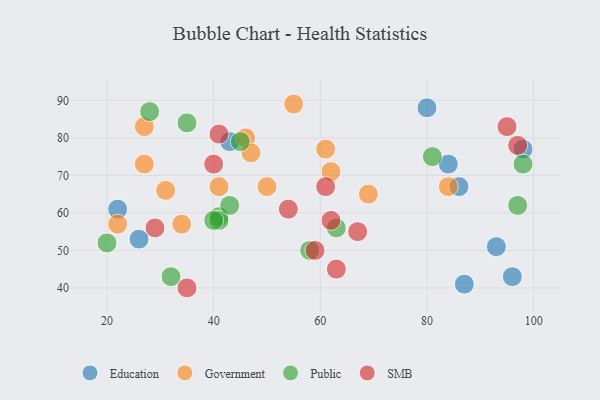
{"axis": {"x": "GDP", "y": "Life Expectancy"}, "legend": ["Education", "Government", "Public", "SMB"], "data": [{"x": "93", "y": 51, "type": "Education"}, {"x": "98", "y": 77, "type": "Education"}, {"x": "84", "y": 73, "type": "Education"}, {"x": "86", "y": 67, "type": "Education"}, {"x": "80", "y": 88, "type": "Education"}, {"x": "87", "y": 41, "type": "Education"}, {"x": "26", "y": 53, "type": "Education"}, {"x": "96", "y": 43, "type": "Education"}, {"x": "43", "y": 79, "type": "Education"}, {"x": "22", "y": 61, "type": "Education"}, {"x": "34", "y": 57, "type": "Government"}, {"x": "84", "y": 67, "type": "Government"}, {"x": "62", "y": 71, "type": "Government"}, {"x": "22", "y": 57, "type": "Government"}, {"x": "41", "y": 67, "type": "Government"}, {"x": "69", "y": 65, "type": "Government"}, {"x": "55", "y": 89, "type": "Government"}, {"x": "61", "y": 77, "type": "Government"}, {"x": "27", "y": 83, "type": "Government"}, {"x": "50", "y": 67, "type": "Government"}, {"x": "27", "y": 73, "type": "Government"}, {"x": "46", "y": 80, "type": "Government"}, {"x": "47", "y": 76, "type": "Government"}, {"x": "31", "y": 66, "type": "Government"}, {"x": "35", "y": 84, "type": "Public"}, {"x": "41", "y": 59, "type": "Public"}, {"x": "63", "y": 56, "type": "Public"}, {"x": "41", "y": 58, "type": "Public"}, {"x": "28", "y": 87, "type": "Public"}, {"x": "81", "y": 75, "type": "Public"}, {"x": "58", "y": 50, "type": "Public"}, {"x": "45", "y": 79, "type": "Public"}, {"x": "43", "y": 62, "type": "Public"}, {"x": "20", "y": 52, "type": "Public"}, {"x": "97", "y": 62, "type": "Public"}, {"x": "32", "y": 43, "type": "Public"}, {"x": "40", "y": 58, "type": "Public"}, {"x": "98", "y": 73, "type": "Public"}, {"x": "35", "y": 40, "type": "SMB"}, {"x": "63", "y": 45, "type": "SMB"}, {"x": "61", "y": 67, "type": "SMB"}, {"x": "40", "y": 73, "type": "SMB"}, {"x": "54", "y": 61, "type": "SMB"}, {"x": "59", "y": 50, "type": "SMB"}, {"x": "67", "y": 55, "type": "SMB"}, {"x": "29", "y": 56, "type": "SMB"}, {"x": "95", "y": 83, "type": "SMB"}, {"x": "41", "y": 81, "type": "SMB"}, {"x": "62", "y": 58, "type": "SMB"}, {"x": "97", "y": 78, "type": "SMB"}]}